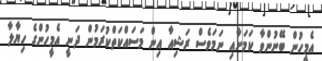
އެމީހުން ބޭނުންވާ ކަމަށާއި ނަމަވެސް ރަޝިއާ އިން މަސައްކަތްކުރަމުން ދަނީ އެމީހުންގެ ހިޔާލާ